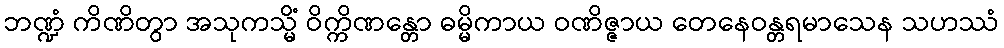
ဘဏ္ဍံ ကိဏိတွာ အသုကသ္မိံ ဝိက္ကိဏန္တော ဓမ္မိကာယ ဝဏိဇ္ဇာယ တေနေဝန္တရမာသေန သဟဿံ